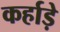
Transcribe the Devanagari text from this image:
कर्हाड़े